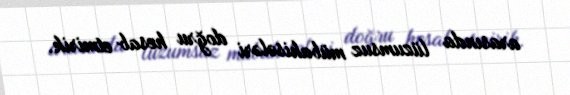
arasında lüzumsuz mübahisələri doğru hesab etmirik.